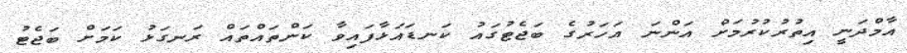
އާމްދަނީ އިތުރުކުރުމަށް އަންނަ އަހަރުގެ ބަޖެޓުގައު ކަނޑައަޅާފައިވާ ކަންތައްތައް ރަނގަޅު ކަމަށް ބަޖެޓު